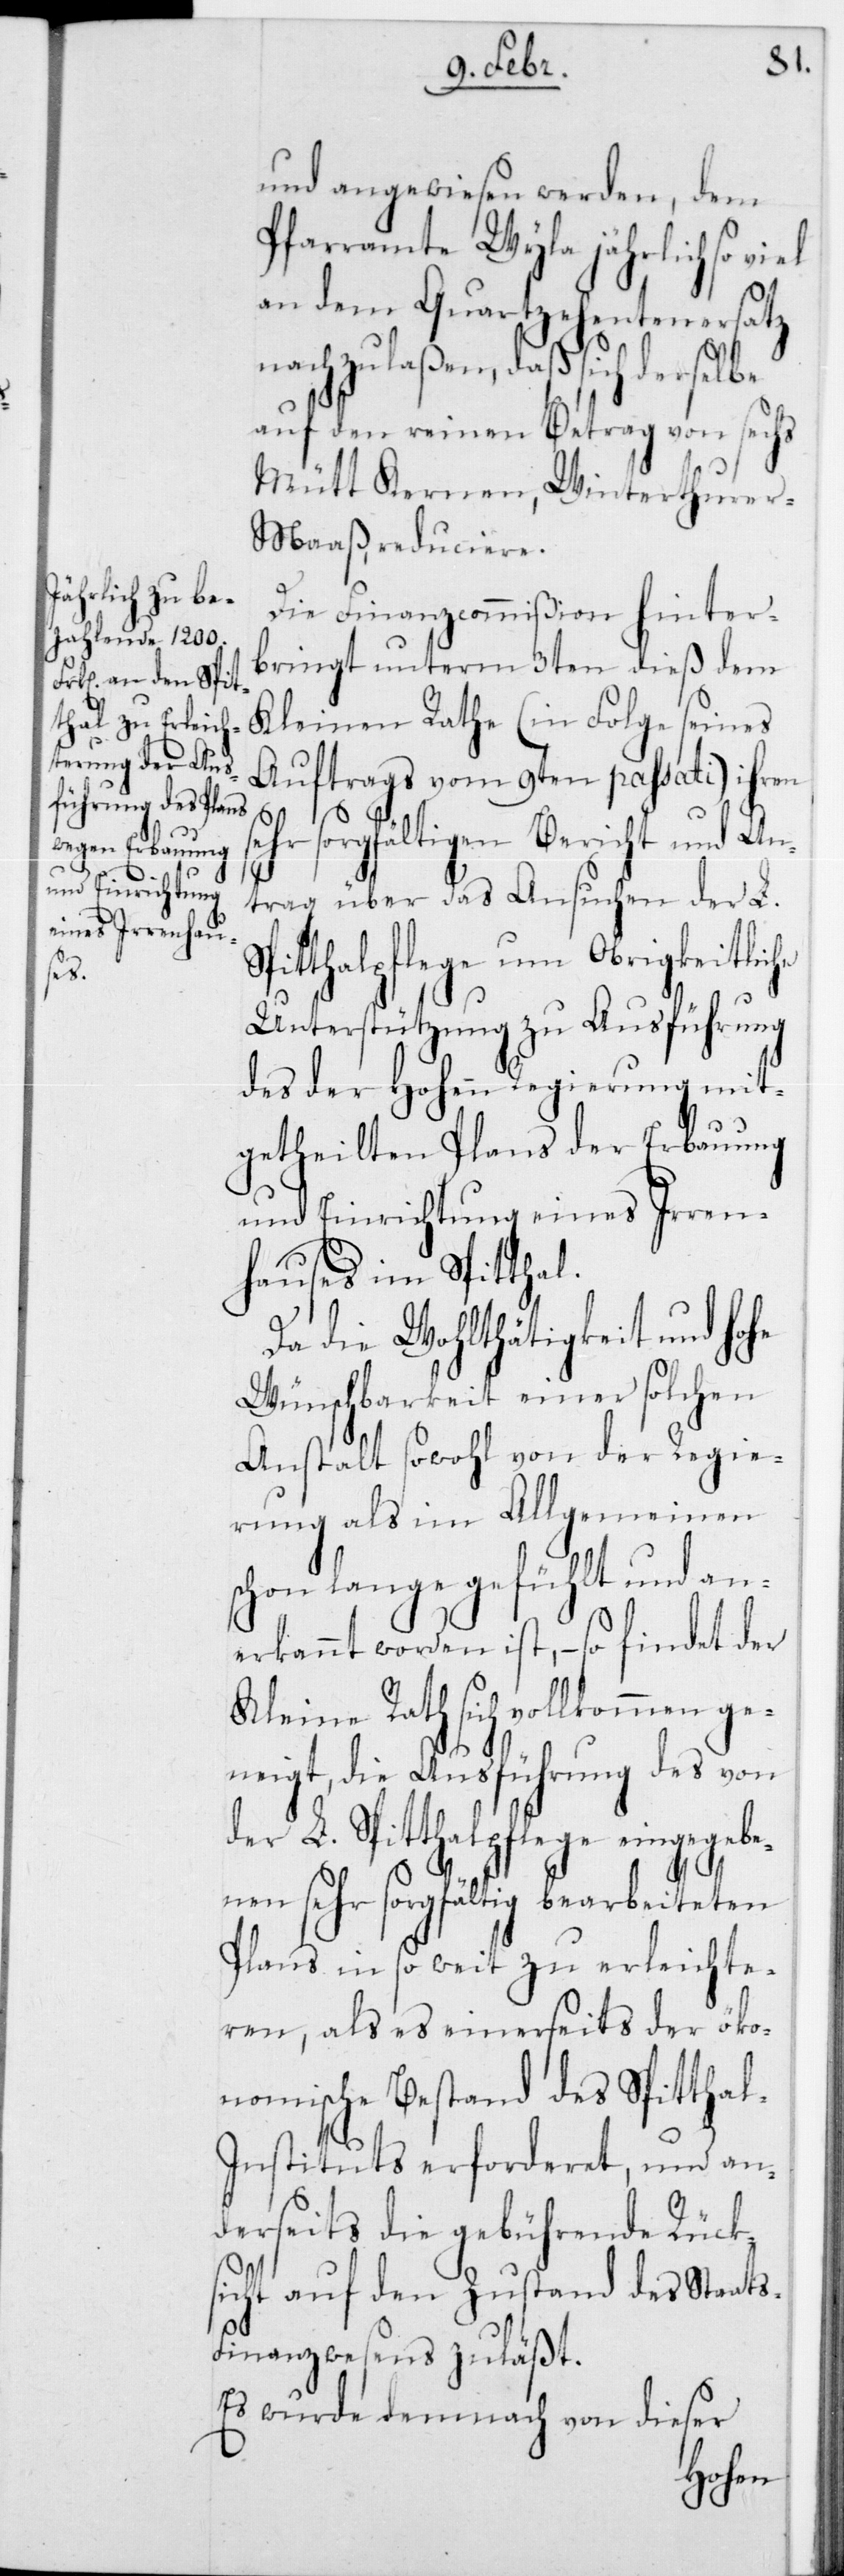
Sp¬

und angewiesen werden, dem
Pfarramte Wyla jährlich so
an dem Quartzehentenersatz
nachzulaßen, daß sich derselbe
auf den reinen Betrag von sechs
Mütt Kernen, Winterthure¬
r-Maaß, reduciere.
Die Finanzcommißion hinter¬
bringt unterm 3ten dieß dem
Kleinen Rathe (in Folge seines
Auftrags vom 9ten passati) ihren
ehr sorgfältigen Bericht und An¬
trag über das Ansuchen der L.
itthalpflege um obrigkeitliche
Unterstützung zu Ausführung
des der Hohen Regierung mit¬
getheilten Plans der Erbauung
und Einrichtung eines Irren¬
hauses im Spitthal.
Da die Wohlthätigkeit und hohe
Wünschbarkeit einer solchen
Anstalt sowohl von der Regie¬
rung als im Allgemeinen
schon lange gefühlt und an¬
erkannt worden ist, – so findet der
Kleine Rath sich vollkommen ge¬
neigt, die Ausführung des von
der L. Spitthalpflege eingegebe¬
nen sehr sorgfältig bearbeiteten
Plans in so weit zu erleichte¬
ren, als es einerseits der öko¬
nomische Bestand des Spittha¬
l-Instituts erforderet, und an¬
derseits die gebührende Rück¬
sicht auf den Zustand des Staat¬
inanzwesens zuläßt.
Es wurde demnach von dieser
s-F¬